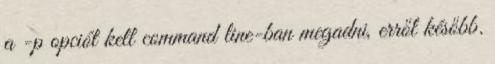
a -p opciót kell command line-ban megadni, erről később.